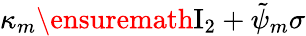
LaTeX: \kappa_{m}\ensuremath{\mathrm{I}_{2}}+\tilde{\psi}_{m}\sigma